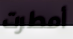
أمطرت